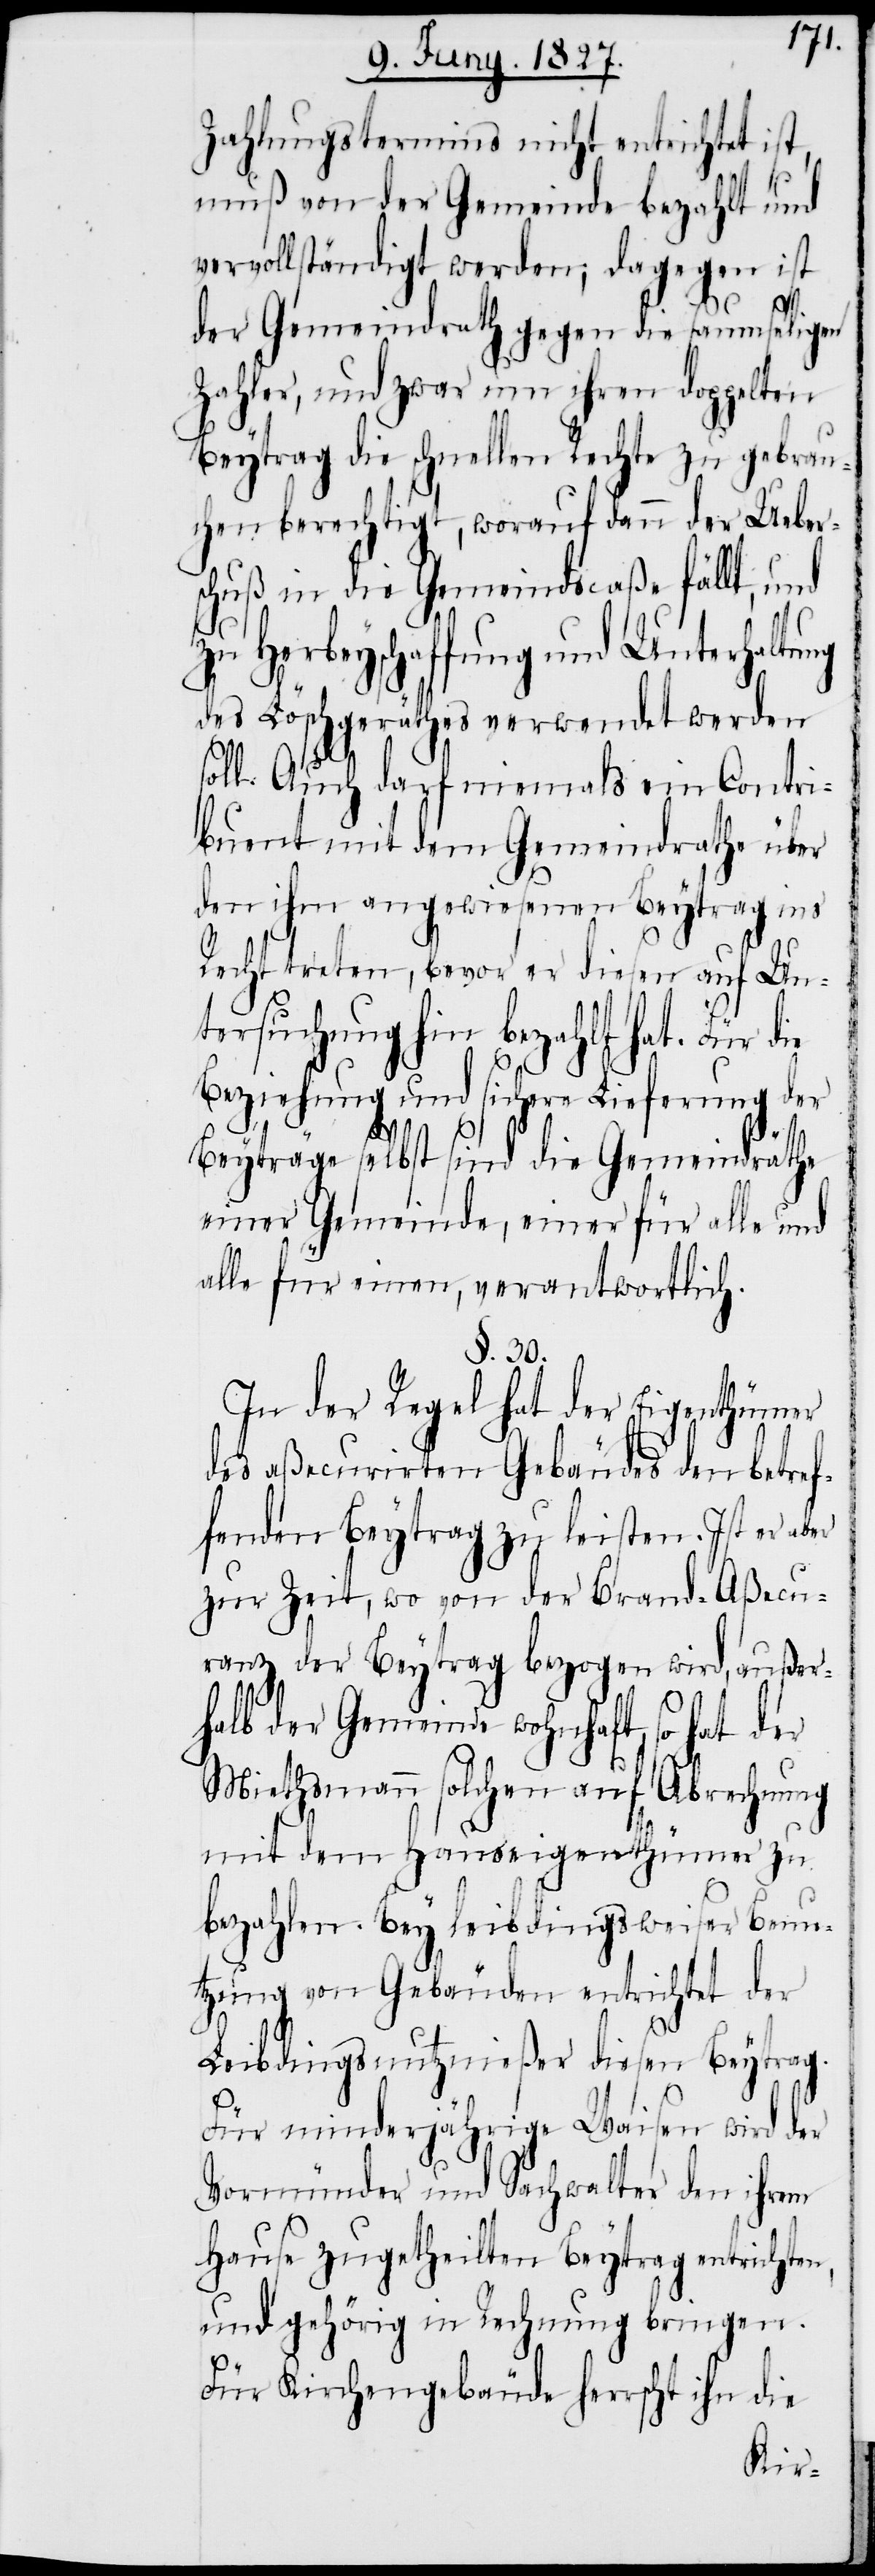
Zahlungstermins nicht entrichtet ist,
muß von der Gemeinde bezahlt und
vervollständigt werden; dagegen ist
der Gemeindrath gegen die saumseligen
Zahler, und zwar um ihren doppelten
Beytrag die schnellen Rechte zu gebrau¬
chen berechtigt, worauf dann der Ueber¬
schuß in die Gemeindscaßa fällt, und
zu Herbeyschaffung und Unterhaltung
des Löschgeräthes verwendet werden
soll. Auch darf niemals ein Contri¬
buent mit dem Gemeindrathe über
den ihm angewiesenen Beytrag ins
Recht treten, bevor er diesen auf Un¬
tersuchung hin bezahlt hat. Für die
Beziehung und sichere Lieferung der
Beyträge selbst sind die Gemeindräthe
einer Gemeinde, einer für alle und
alle für einen, verantwortlich.
§. 30.
In der Regel hat der Eigenthümer
des aßecurirten Gebäudes den betref¬
fenden Beytrag zu leisten. Ist er aber
zur Zeit, wo von der Brand-Aßecu¬
ranz der Beytrag bezogen wird, außer¬
halb der Gemeinde wohnhaft, so hat der
Miethsmann solchen auf Abrechnung
mit dem Hauseigenthümer zu
bezahlen. Bey leibdingsweiser Benu¬
tzung von Gebäuden entrichtet der
Leibdingsnutznießer diesen Beytrag.
Für minderjährige Waisen wird der
Vormünder und Sachwalter den ihrem
Hause zugetheilten Beytrag entrichten,
und gehörig in Rechnung bringen.
Für Kirchengebäude herrscht ihn die